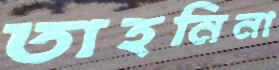
তাহনিনা